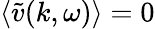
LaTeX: \langle\tilde{v}(k,\omega)\rangle=0